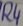
Text: R4